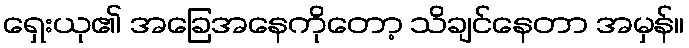
ရှေးယု၏ အခြေအနေကိုတော့ သိချင်နေတာ အမှန်။